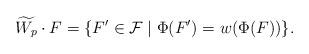
LaTeX: \begin{align*}\widetilde{W_p}\cdot F = \{F' \in \mathcal{F} \mid \Phi(F') = w(\Phi(F)) \}. \end{align*}